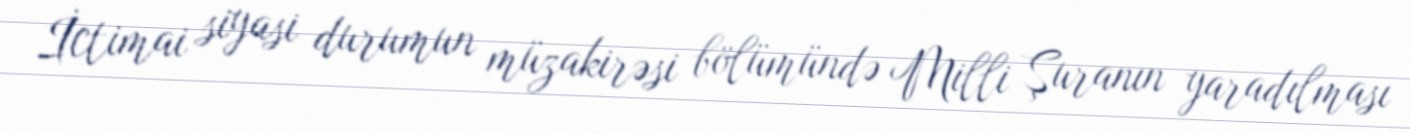
İctimai siyasi durumun müzakirəsi bölümündə Milli Şuranın yaradılması